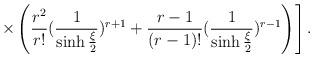
LaTeX: \begin{align*}\left.\times\left( \frac{r^{2}}{r!}( \frac{1}{\sinh {\xi\over 2}}) ^{r+1} + \frac{r-1}{(r-1)!} ( \frac{1}{\sinh{\xi \over 2} }) ^{r-1} \right) \right] .\end{align*}